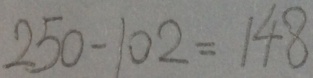
2 5 0 - 1 0 2 = 1 4 8